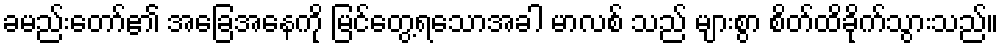
ခမည်းတော်၏ အခြေအနေကို မြင်တွေ့ရသောအခါ မာလစ် သည် များစွာ စိတ်ထိခိုက်သွားသည်။